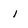
Character: l